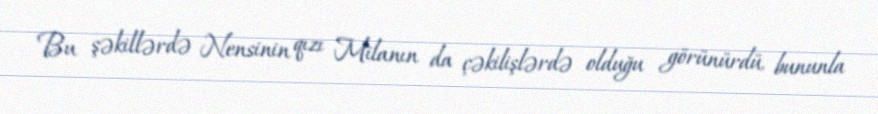
Bu şəkillərdə Nensinin qızı Milanın da çəkilişlərdə olduğu görünürdü, bununla